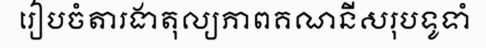
រៀបចំតារងាតុល្យភាពគណនីសរុបទូទាំ